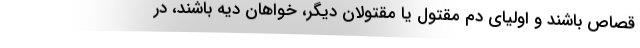
قصاص باشند و اولیای دم مقتول یا مقتولان دیگر، خواهان دیه باشند، در